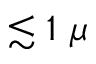
\lesssim 1 ~ \mu